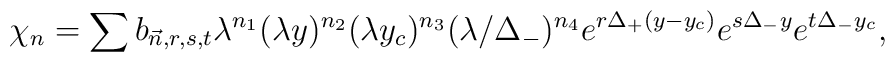
~\chi_n = \sum b_{\vec{n}, r, s, t} \lambda^{n_1} (\lambda y)^{n_2} (\lambda y_c)^{n_3} (\lambda/\Delta_-)^{n_4} e^{r \Delta_+ (y - y_c)} e^{s \Delta_- y} e^{t \Delta_- y_c},